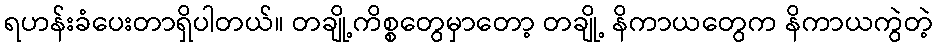
ရဟန်းခံပေးတာရှိပါတယ်။ တချို့ကိစ္စတွေမှာတော့ တချို့ နိကာယတွေက နိကာယကွဲတဲ့